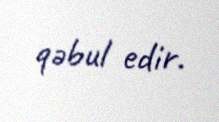
qəbul edir.